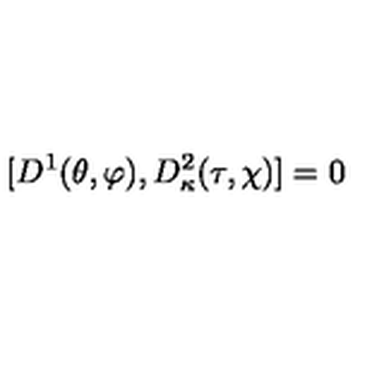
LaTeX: [ D ^ { 1 } ( \theta , \varphi ) , D _ { \kappa } ^ { 2 } ( \tau , \chi ) ] = 0